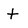
Character: t